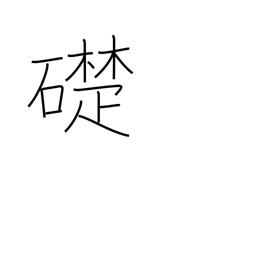
Meaning: cornerstone